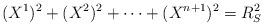
LaTeX: \begin{align*} (X^1)^2 + (X^2)^2 + \dots + (X^{n+1})^2 = R_S^2\end{align*}